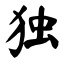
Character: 独